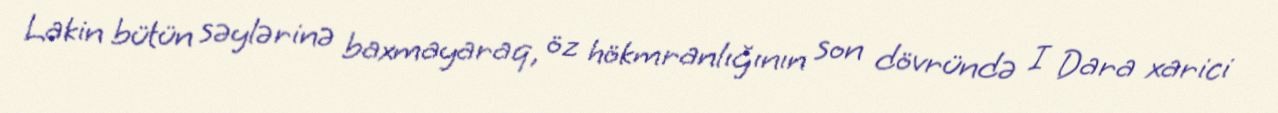
Lakin bütün səylərinə baxmayaraq, öz hökmranlığının son dövründə I Dara xarici